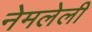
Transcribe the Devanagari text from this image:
नेमलेली